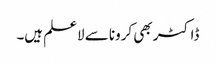
ڈاکٹر بھی کرونا سے لاعلم ہیں۔